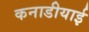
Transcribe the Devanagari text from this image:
कनाडीयाई